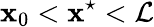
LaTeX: \mathbf{x}_{0}<\mathbf{x}^{\star}<\mathcal{{L}}